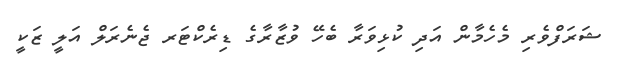
ޝަރަފްވެރި މެހެމާން އަދި ކުޅިވަރާ ބެހޭ ވުޒާރާގެ ޑިރެކްޓަރ ޖެނެރަލް އަލީ ޒަކީ